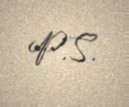
P.S.